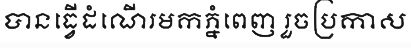
បានធ្វើដំណើរមកភ្នំពេញ រួចប្រកាស